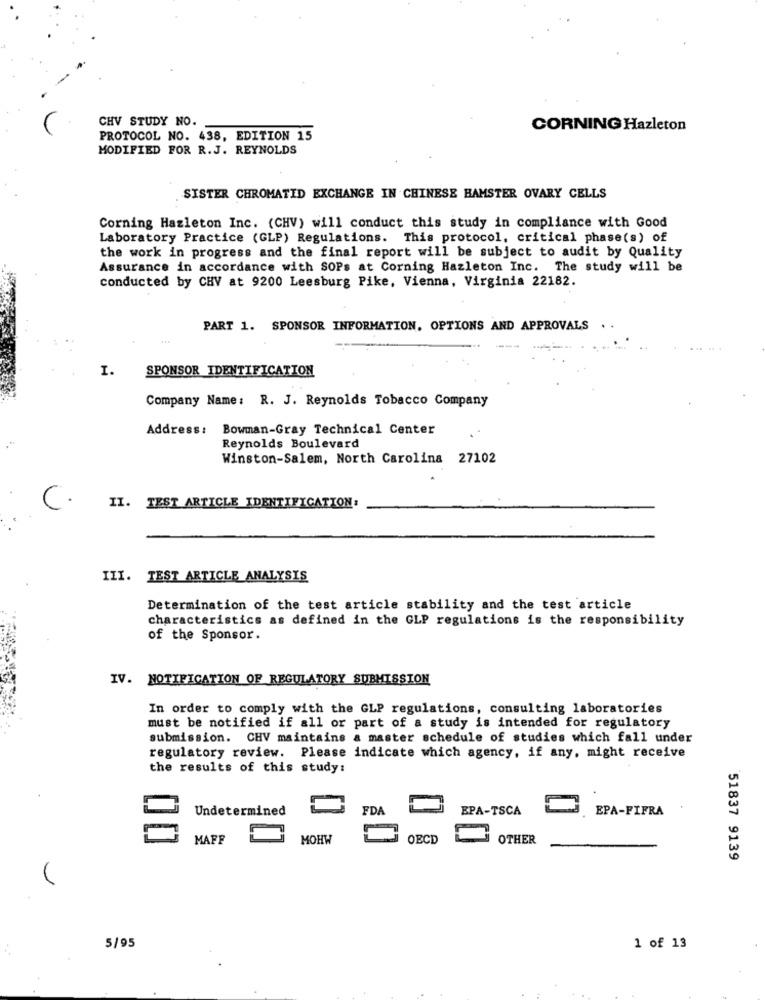
CHV STUDY NO.
CORNING Hazleton
PROTOCOL NO. 438, EDITION 15
MODIFIED FOR R. J. REYNOLDS
SISTER CHROMATID EXCHANGE IN CHINESE HAMSTER OVARY CELLS
Corning Hazleton Inc. (CHV) will conduct this study in compliance with Good
Laboratory Practice (GLP) Regulations. This protocol, critical phase(s) of
the work in progress and the final report will be subject to audit by Quality
Assurance in accordance with SOPs at Corning Hazleton Inc. The study will be
conducted by CHV at 9200 Leesburg Pike, Vienna, Virginia 22182.
PART 1. SPONSOR INFORMATION, OPTIONS AND APPROVALS
I.
SPONSOR IDENTIFICATION
Company Name: R. J. Reynolds Tobacco Company
Address: Bowman-Gray Technical Center
Reynolds Boulevard
Winston-Salem, North Carolina 27102
C.
II. TEST ARTICLE IDENTIFICATION:
III. TEST ARTICLE ANALYSIS
Determination of the test article stability and the test article
characteristics as defined in the GLP regulations is the responsibility
of the Sponsor.
IV. NOTIFICATION OF REGULATORY SUBMISSION
In order to comply with the GLP regulations, consulting laboratories
must be notified if all or part of a study is intended for regulatory
submission. CHV maintains a master schedule of studies which fall under
regulatory review. Please indicate which agency, if any, might receive
the results of this study:
Undetermined
FDA
EPA-TSCA
EPA-FIFRA
00
MAFF
MOHW
OECD
OTHER
51837 9139
5/95
1 of 13